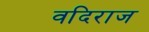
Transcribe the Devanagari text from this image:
वदिराज